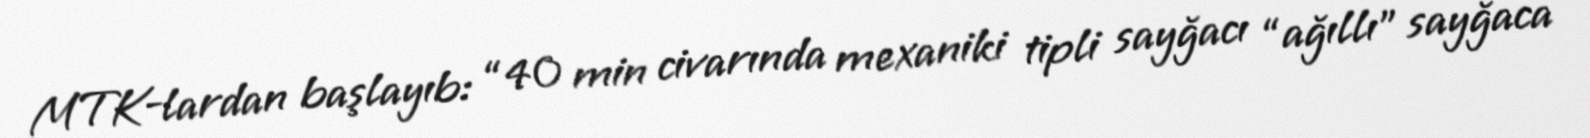
MTK-lardan başlayıb: “40 min civarında mexaniki tipli sayğacı “ağıllı” sayğaca